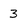
Character: 3